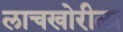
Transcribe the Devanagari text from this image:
लाचखोरीला